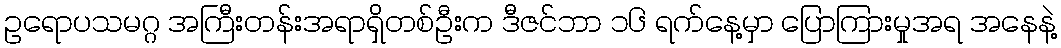
ဥရောပသမဂ္ဂ အကြီးတန်းအရာရှိတစ်ဦးက ဒီဇင်ဘာ ၁၆ ရက်နေ့မှာ ပြောကြားမှုအရ အနေနဲ့